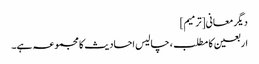
دیگر معانی[ترمیم]
اربعین کا مطلب، چالیس احادیث کا مجموعہ ہے۔